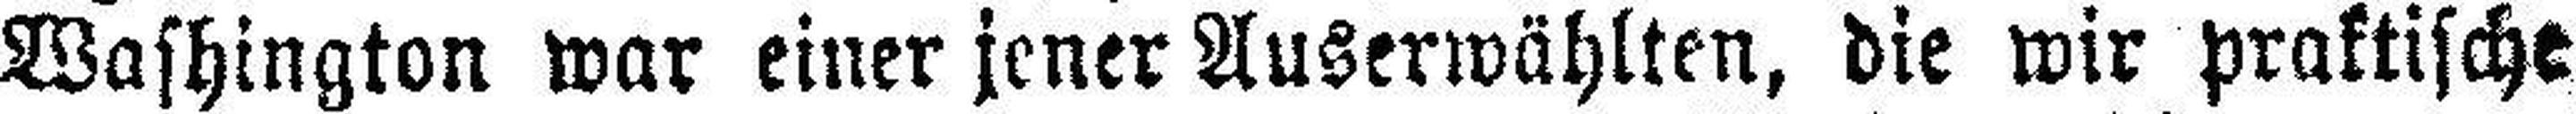
Washington war einer jener Auserwählten, die wir praktische